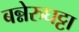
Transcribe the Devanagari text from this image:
बन्नेरुघट्टा